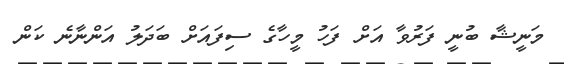
މަނީޝާ ބުނީ ފަރުވާ އަށް ފަހު މީހާގެ ސިފައަށް ބަދަލު އަންނާނެ ކަން